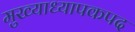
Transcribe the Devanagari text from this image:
मुख्याध्यापकपद